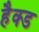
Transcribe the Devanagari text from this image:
हैक्ड